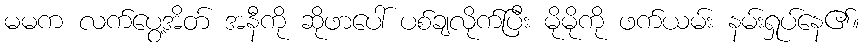
မမက လက်ပွေ့အိတ် အနီကို ဆိုဖာပေါ် ပစ်ချလိုက်ပြီး မိုမိုကို ဖက်ယမ်း နမ်းရှုပ်နေ၏။